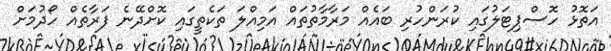
އަތޮޅު ހޮސްޕިޓަލުގައި ކުރަންހުރި ބައެއް މަރާމާތުތައް އަމިއްލަ ތަކެތީގައި ކޮށްދޭނެ ފަރާތެއް ހޯދުމަށް